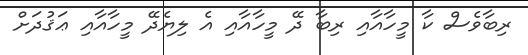
ރިބާވެސް ކާ މީހާއާއި ރިބާ ދޭ މީހާއާއި އެ ލިޔެދޭ މީހާއާއި ޢަޤުދަށް